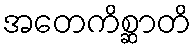
အတေကိစ္ဆာတိ